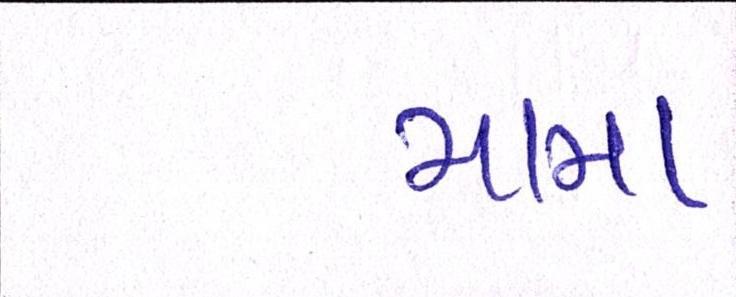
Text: મામા